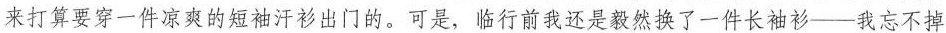
来打算要穿一件凉爽的短袖汗衫出门的。可是，临行前我还是毅然换了一件长袖衫——我忘不掉